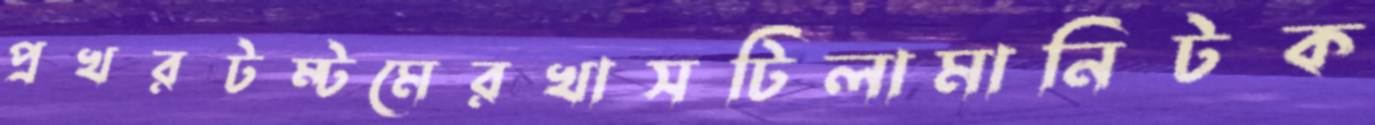
প্রখরটম্টমেরখাসটিলামানিটক